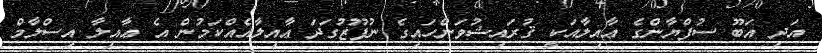
އަދި އަބޫ ސުފްޔާންގެ ޢާއިލާއަކީ ޤުރައިޝުވަންހައިގެ ނުފޫޒުގަދަ ޢާއިލާއެއްކަމުން އެ ޢާއިލާ އިސްލާމް